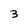
Character: 3